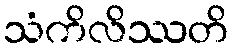
သံကိလိဿတိ